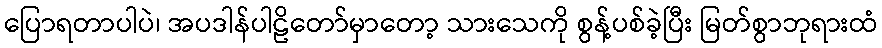
ပြောရတာပါပဲ၊ အပဒါန်ပါဠိတော်မှာတော့ သားသေကို စွန့်ပစ်ခဲ့ပြီး မြတ်စွာဘုရားထံ